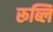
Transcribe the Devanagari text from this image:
रूब्लि